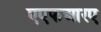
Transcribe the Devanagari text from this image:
एएफआरए